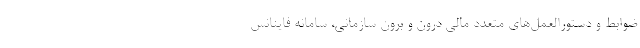
ضوابط و دستورالعمل‌هاي متعدد مالي درون و برون سازماني، سامانه فاينانس